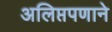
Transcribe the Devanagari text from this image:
अलिप्तपणाने